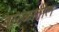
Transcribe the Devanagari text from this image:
वारुळातील